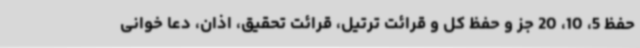
حفظ 5، 10، 20 جز و حفظ کل و قرائت ترتیل، قرائت تحقیق، اذان، دعا خوانی